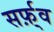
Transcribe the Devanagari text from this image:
सर्फ़्व